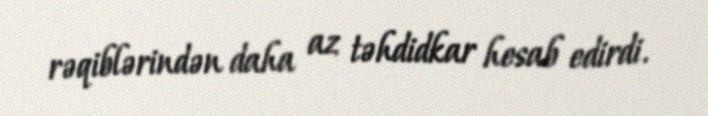
rəqiblərindən daha az təhdidkar hesab edirdi.